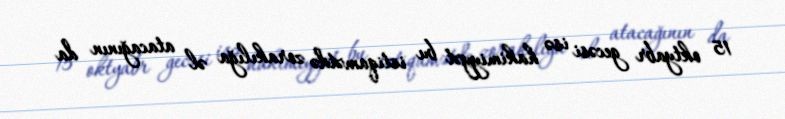
15 oktyabr gecəsi isə hakimiyyət bu istiqamətdə zorakılığa əl atacağının da